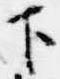
下